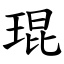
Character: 琨